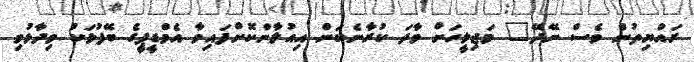
ރައްޔިތުން ވެސް ނޭދޭ" މަޖިލީހަށް ވާދަ ކުރާނެކަން އިއުލާންކޮށްފައިވާ އެމްޑީޕީގެ ބޭފުޅަކު ވިދާޅުވި